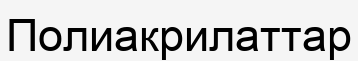
Полиакрилаттар